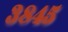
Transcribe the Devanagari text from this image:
३८४५